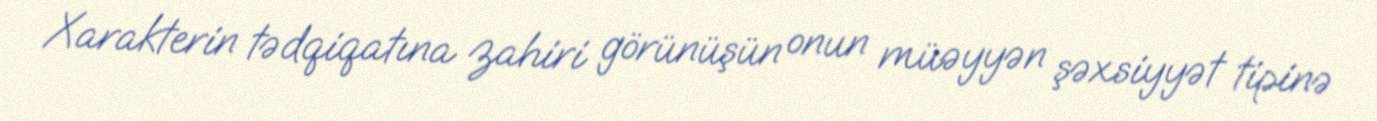
Xarakterin tədqiqatına zahiri görünüşün onun müəyyən şəxsiyyət tipinə